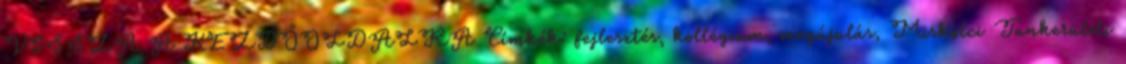
VISSZA A KEZDŐOLDALRA Címkék: fejlesztés, kollégium, megújulás, Miskolci Tankerületi